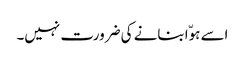
اسے ہوّا بنانے کی ضرورت نہیں۔